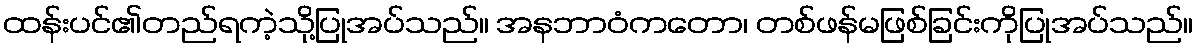
ထန်းပင်၏တည်ရကဲ့သို့ပြုအပ်သည်။ အနဘာဝံကတော၊ တစ်ဖန်မဖြစ်ခြင်းကိုပြုအပ်သည်။